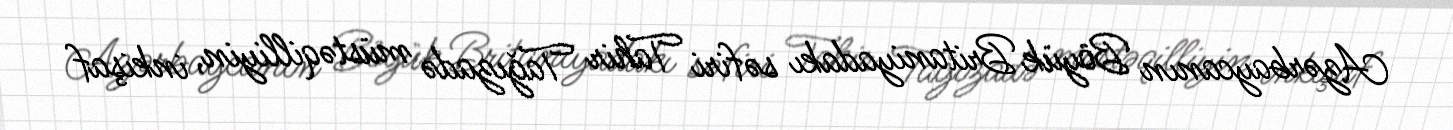
Azərbaycanın Böyük Britaniyadakı səfiri Tahir Tağızadə müstəqilliyin, inkişaf